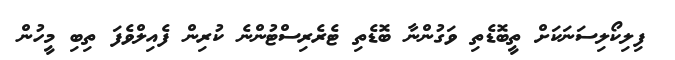
ފިލިކޯލިސަނަކަށް ތީބޮޑެތި ވަގުންނާ ބޮޑެތި ޓެރެރިސްޓުންނެ ކުރިން ފެއިލްވެފަ ތިބި މީހުން